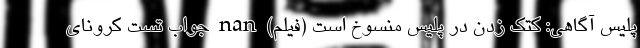
پلیس آگاهی: کتک زدن در پلیس منسوخ است (فیلم) nan جواب تست کرونای